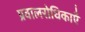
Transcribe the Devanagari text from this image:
प्रवालरोधिकाएँ